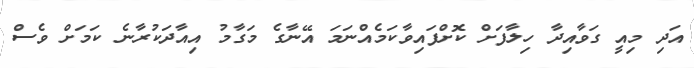
އަދި މިއީ ގަވާއިދާ ހިލާފަށް ކޮށްފައިވާކަމެއްނަމަ އޭނާގެ މަގާމު އިއާދަކުރާނެ ކަމަށް ވެސް